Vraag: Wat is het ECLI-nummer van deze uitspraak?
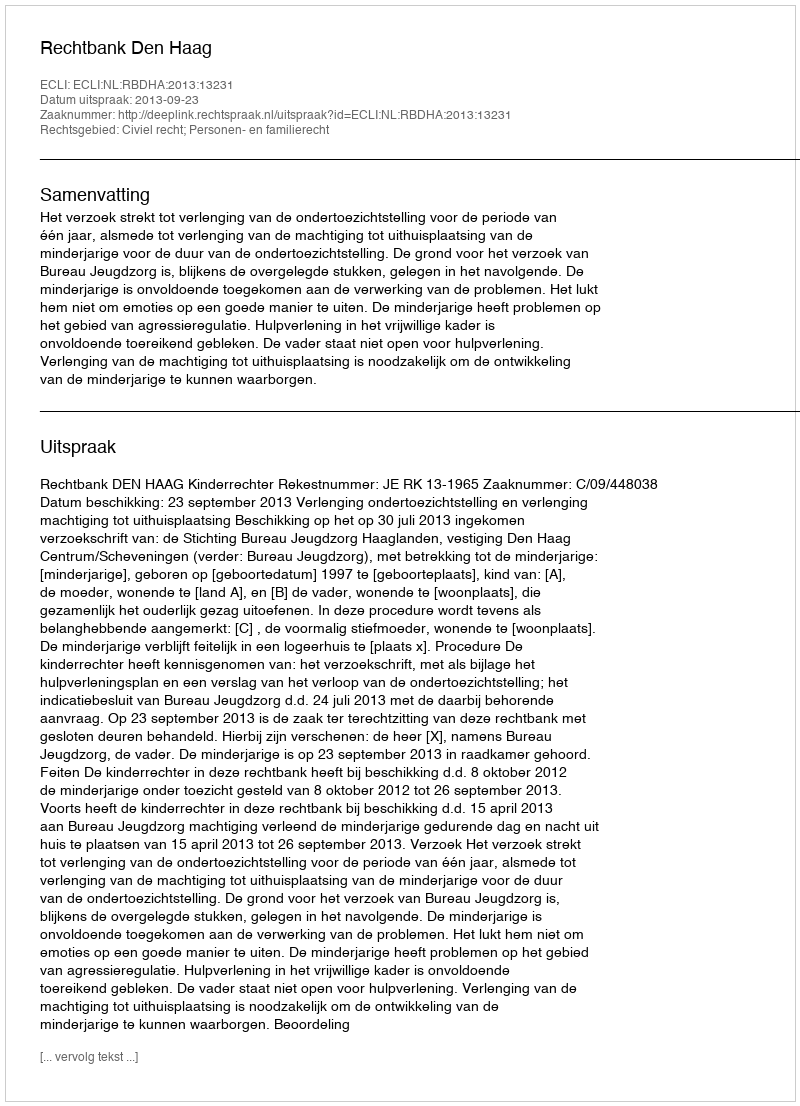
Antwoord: ECLI:NL:RBDHA:2013:13231